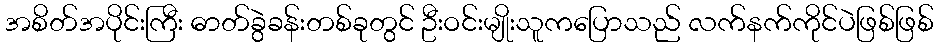
အစိတ်အပိုင်းကြီး ဓာတ်ခွဲခန်းတစ်ခုတွင် ဦးဝင်းမျိုးသူကပြောသည် လက်နက်ကိုင်ပဲဖြစ်ဖြစ်